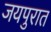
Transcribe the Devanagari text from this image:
जयपुरात